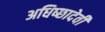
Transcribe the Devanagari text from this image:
अधिष्छादेवी